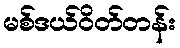
မစ်ဒယ်ဝိတ်တန်း